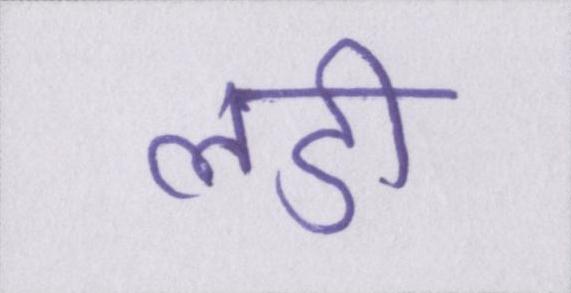
लडी